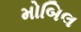
મોબિલ